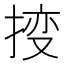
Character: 𫽕